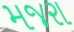
મજરા